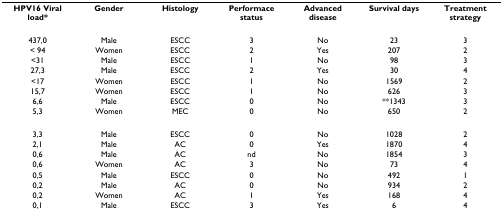
| HPV16 Viral load* | Gender | Histology | Performace status | Advanced disease | Survival days | Treatment strategy |
 | --- | --- | --- | --- | --- | --- | --- |
 | 437,0 | Male | ESCC | 3 | No | 23 | 3 |
 | < 94 | Women | ESCC | 2 | Yes | 207 | 2 |
 | <31 | Male | ESCC | 1 | No | 98 | 3 |
 | 27,3 | Male | ESCC | 2 | Yes | 30 | 4 |
 | <17 | Women | ESCC | 1 | No | 1569 | 2 |
 | 15,7 | Women | ESCC | 1 | No | 626 | 3 |
 | 6,6 | Male | ESCC | 0 | No | **1343 | 3 |
 | 5,3 | Women | MEC | 0 | No | 650 | 2 |
 | 3,3 | Male | ESCC | 0 | No | 1028 | 2 |
 | 2,1 | Male | AC | 0 | Yes | 1870 | 4 |
 | 0,6 | Male | AC | nd | No | 1854 | 3 |
 | 0,6 | Women | AC | 3 | No | 73 | 4 |
 | 0,5 | Male | ESCC | 0 | No | 492 | 1 |
 | 0,2 | Male | AC | 0 | No | 934 | 2 |
 | 0,2 | Women | AC | 1 | Yes | 168 | 4 |
 | 0,1 | Male | ESCC | 3 | Yes | 6 | 4 |